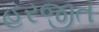
હરજીત